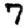
Digit: 7